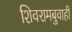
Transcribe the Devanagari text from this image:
शिवरामबुवाही